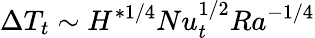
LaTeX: \Delta T_{t}\sim H^{*1/4}Nu_{t}^{1/2}Ra^{-1/4}